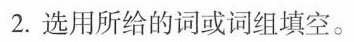
2.选用所给的词或词组填空。